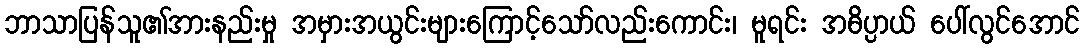
ဘာသာပြန်သူ၏အားနည်းမှု အမှားအယွင်းများကြောင့်သော်လည်းကောင်း၊ မူရင်း အဓိပ္ပာယ် ပေါ်လွင်အောင်